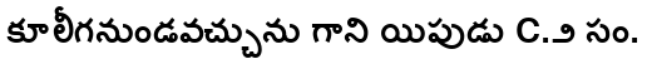
కూలీగనుండవచ్చును గాని యిపుడు C.౨ సం.